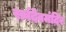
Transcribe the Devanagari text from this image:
सर्वदेवमंदिर